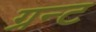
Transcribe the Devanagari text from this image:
ग्रन्ट